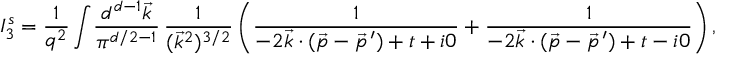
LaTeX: I _ { 3 } ^ { s } = \frac { 1 } { q ^ { 2 } } \int \! \frac { d ^ { d - 1 } \vec { k } } { \pi ^ { d / 2 - 1 } } \, \frac { 1 } { ( \vec { k } ^ { 2 } ) ^ { 3 / 2 } } \left( \frac { 1 } { - 2 \vec { k } \cdot ( \vec { p } - \vec { p } ^ { \, \prime } ) + t + i 0 } + \frac { 1 } { - 2 \vec { k } \cdot ( \vec { p } - \vec { p } ^ { \, \prime } ) + t - i 0 } \right) ,